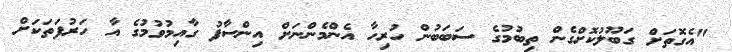
"އެގޮތަށް ގަބޫލުކޮށްގެން ތިބުމުގެ ސަބަބުން ހުރިހާ އެންމެންނަށް އިންސާފު ގާއިމުވުމުގެ އާ ހަރުފަތަކަށް